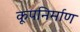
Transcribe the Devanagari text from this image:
कूपनिर्माण